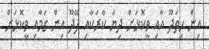
އިން ހިތަދޫ އާއި ވީކޮޅަށް ދިޔަ ކާރަކާއި ފޭދޫ އިން ގަމާއި ވީކޮޅަށް